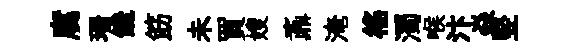
腐珊饞筯未買嫂鼒淹徭濁喉汴焱竪